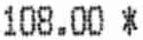
108.00 *